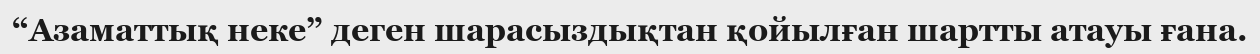
“Азаматтық неке” деген шарасыздықтан қойылған шартты атауы ғана.